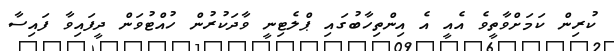
ކުރިން ކަމަށްވާތީވެ އެއީ އެ އިންތިހާބުގައި ޕްލެޓިނީ ވާދަކުރުން ހުއްޓުވަން ދީފައިވާ ފައިސާ